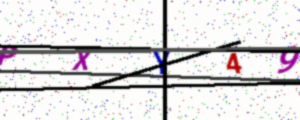
Text: PXY49